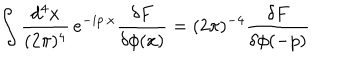
LaTeX: \int \frac { d ^ { 4 } x } { ( 2 \pi ) ^ { 4 } } \, e ^ { - i p \cdot x } \frac { \delta F } { \delta \phi ( x ) } = ( 2 \pi ) ^ { - 4 } \frac { \delta F } { \delta \phi ( - p ) }